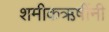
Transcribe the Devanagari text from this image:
शमीकऋषींनी